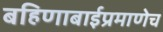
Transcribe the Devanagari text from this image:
बहिणाबाईप्रमाणेच